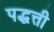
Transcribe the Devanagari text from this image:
पद्धत्ती